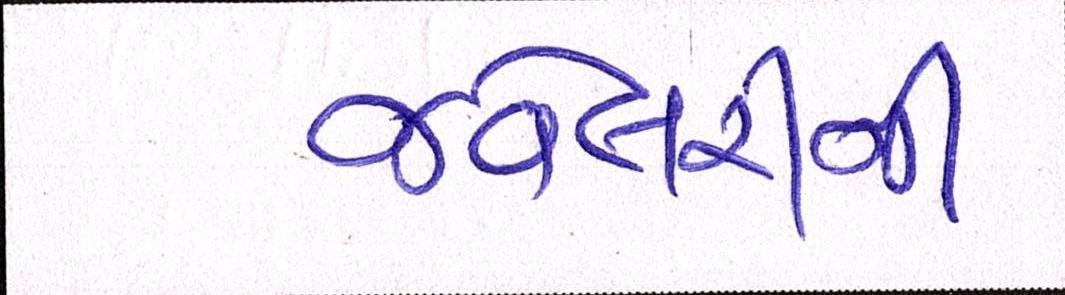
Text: જ્વેલરીની